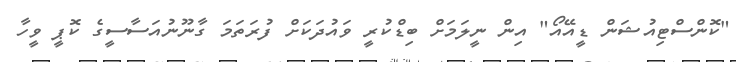
"ކޮންސްޓިއުޝަން ޑީއޭއޯ" އިން ނީލަމަށް ބިޑްކުރީ ވައުދަކަށް ފުރަތަމަ ގާނޫނުއަސާސީގެ ކޮޕީ ވީހާ